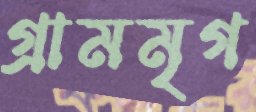
গ্রামমৃগ